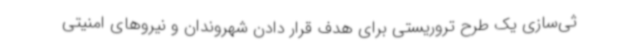
ثی‌سازی یک طرح تروریستی برای هدف قرار دادن شهروندان و نیروهای امنیتی